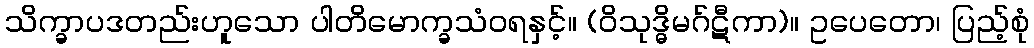
သိက္ခာပဒတည်းဟူသော ပါတိမောက္ခသံဝရနှင့်။ (ဝိသုဒ္ဓိမဂ်ဋီကာ)။ ဥပေတော၊ ပြည့်စုံ